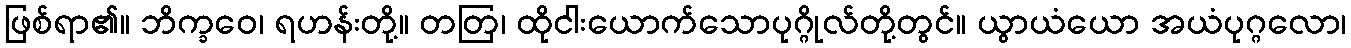
ဖြစ်ရာ၏။ ဘိက္ခဝေ၊ ရဟန်းတို့။ တတြ၊ ထိုငါးယောက်သောပုဂ္ဂိုလ်တို့တွင်။ ယွာယံယော အယံပုဂ္ဂလော၊